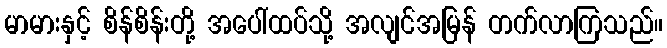
မာမားနှင့် စိန်စိန်းတို့ အပေါ်ထပ်သို့ အလျင်အမြန် တက်လာကြသည်။